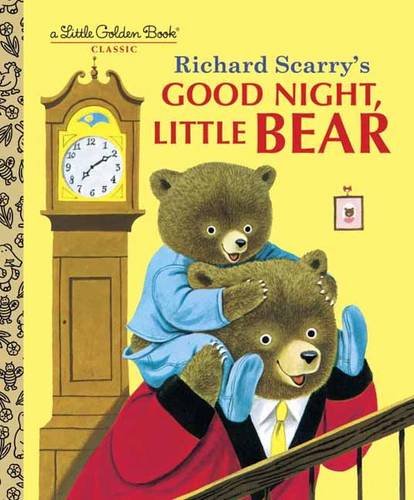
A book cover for Good Night, Little Bear (Little Golden Book); Children's Books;